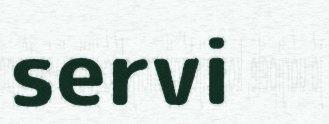
servi